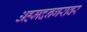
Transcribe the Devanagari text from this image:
अहमदनगरावर